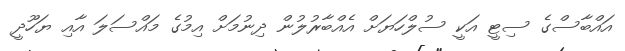
އައްބާސްގެ ސިޓީ އަކީ ސުލްހަޔަށް އެއްބާރުލުން ދިނުމަށް އިމުގެ މައްސަލަ އާއި ޔަހޫދީ